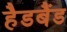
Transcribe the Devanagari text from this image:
हैडबैंड